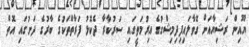
ޔޫއިން ރަޝިޔާއަށް ގޮވާލައިފިދިމިޝްގުގެ އިރުމަތީގައި ސަރުކާރާ ދެކޮޅު ފަރާތްތަކުގެ ބާރުގެ ދަށުގައި އޮތް